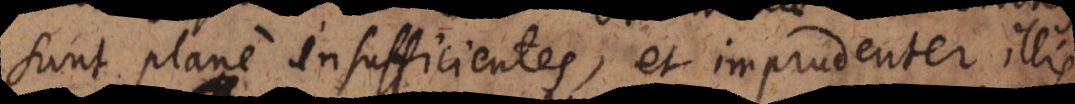
sunt plane insufficientes, et imprudenter illis